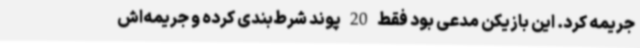
جریمه کرد. این بازیکن مدعی بود فقط 20 پوند شرط‌بندی کرده و جریمه‌اش